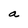
Character: a